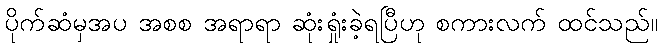
ပိုက်ဆံမှအပ အစစ အရာရာ ဆုံးရှုံးခဲ့ရပြီဟု စကားလက် ထင်သည်။